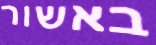
באשור